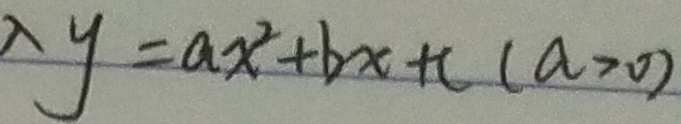
\lambda y = a x ^ { 2 } + b x + c ( a > 0 )